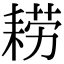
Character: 耢